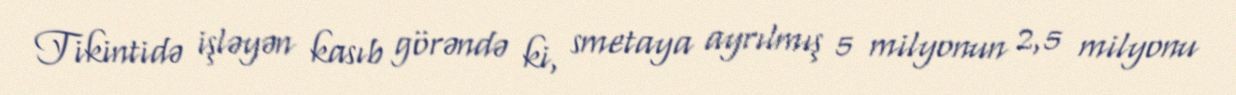
Tikintidə işləyən kasıb görəndə ki, smetaya ayrılmış 5 milyonun 2,5 milyonu